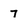
Character: 7